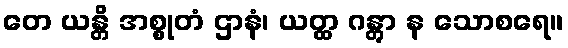
တေ ယန္တိ အစ္စုတံ ဌာနံ၊ ယတ္ထ ဂန္တွာ န သောစရေ။